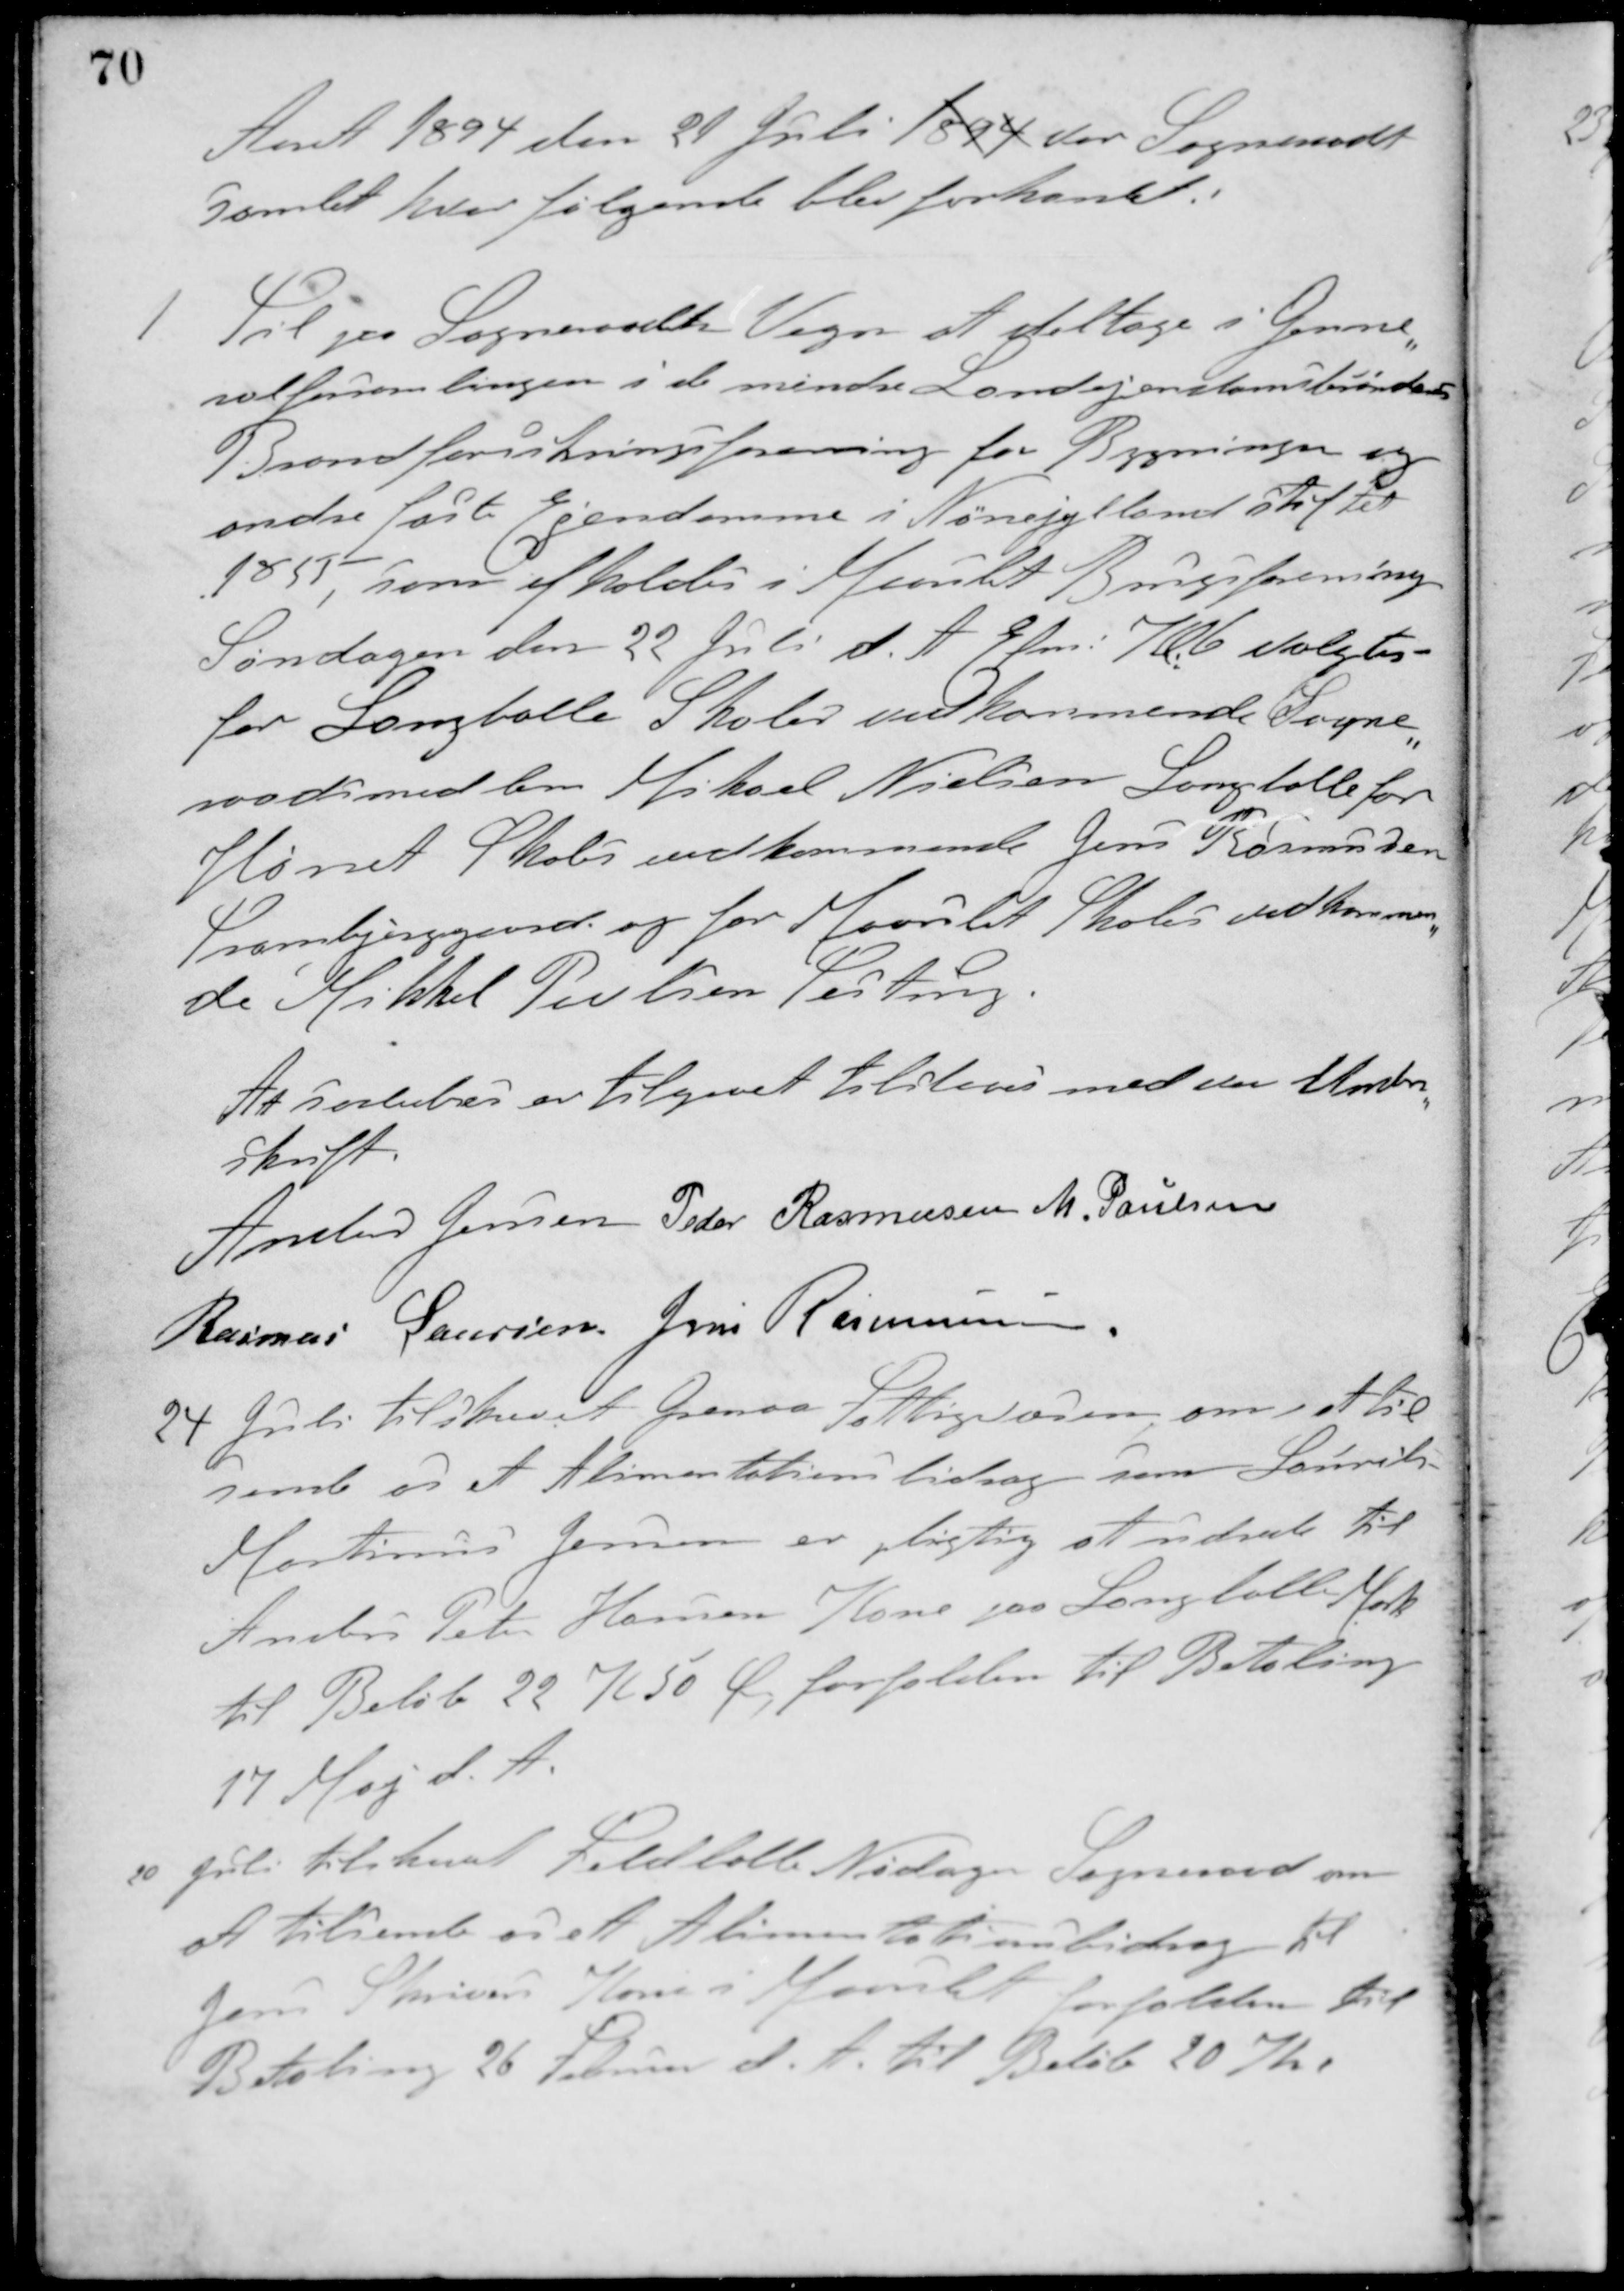
Transskription:
Aaret 1894 den 29 Juli 1894 var Sogneraadet
samlet hvor følgende blev forhandlet:
1 Til paa Sogneraadets Vegne at deltage i Genne-
ralforsamlingen i de mindre Landejendomsbønders
Brandforsikringsforening for Bygninger og
andre faste Ejendomme i Nørrejylland stiftet
1855 som afholdes i Maarslet Brugsforening
Søndagen den 22 Juli d. A. Efm. Kl. 6 valgtes
for Langballe Skoles vedkommende Sogne-
raadsmedlem Mikael Nielsen Langballe for
Hørret Skoles vedkommende Jens Rasmussen
Tranbjerggaard og for Maarslet Skoles vedkommen-
de Mikkel Poulsen Testrup.
At saaledes er tilgaaet tilstaaes med vor Under-
skrift.
Anders Jensen Peder Rasmussen M. Poulsen
Rasmus Laursen Jens Rasmussen
24 Juli tilskrevet Grenaa Fattigvæsen om at til-
sende os et Alimentationsbidrag som Laurits
Martinus Jensen er pligtig at udrede til
Anders Peter Hansens Kone paa Langballe Mark
til Beløb 22 K 50 Ø, forfalden til Betaling
17 Maj d. A.
10 Juli tilskrevet Feldballe-Nødager Sogneraad om
at tilsende os et Alimentationsbidrag til
Jens Skrivers Kone i Maarslet forfalden til
Betaling 26 Februar d. A. til Beløb 20 Kr.